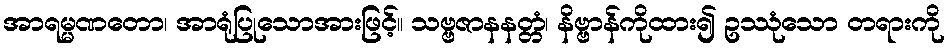
အာရမ္မဏတော၊ အာရုံပြုသောအားဖြင့်။ သဗ္ဗဇာနနတ္တံ၊ နိဗ္ဗာန်ကိုထား၍ ဥဿုံသော တရားကို